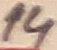
Text: 14